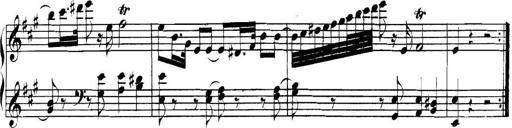
Title: Collected Piano Sonatas
Composer: Muzio Clementi